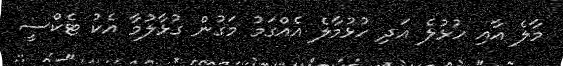
މާލެ އާއި ހުޅުލެ އަދި ހުޅުމާލެ އެއްގަމު މަގުން ގުޅާލުމާ އެކު ޓެކްސީ